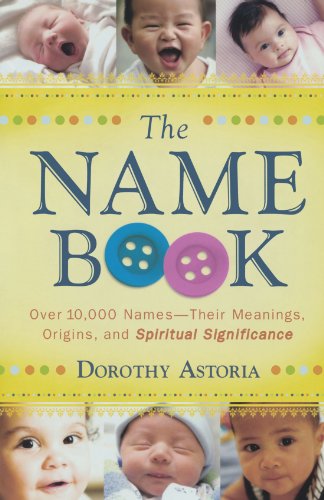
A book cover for The Name Book: Over 10,000 Names - Their Meanings, Origins, and Spiritual Significance; Dorothy Astoria; Christian Books & Bibles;